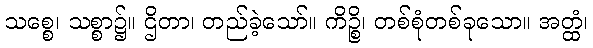
သစ္စေ၊ သစ္စာ၌။ ဌိတာ၊ တည်ခဲ့သော်။ ကိဉ္စိ၊ တစ်စုံတစ်ခုသော။ အတ္ထံ၊